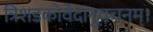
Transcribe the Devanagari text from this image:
त्रिशडकोर्वेदानुवचनम्।